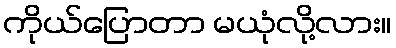
ကိုယ်ပြောတာ မယုံလို့လား။